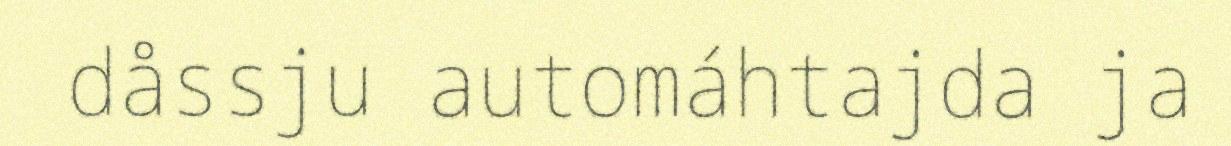
dåssju automáhtajda ja